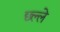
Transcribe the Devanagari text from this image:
छ्ल्ले